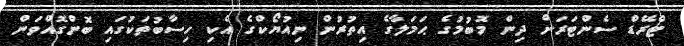
ޓްރޭޑް ސެންޓަރަށް ދިން މޮބުމުގެ ޙަމަލާގެ އިތުރުން ނިއުޔޯކްގެ އެކި ހިސާބުތަކުގައި ބޮންގޮއްވަން